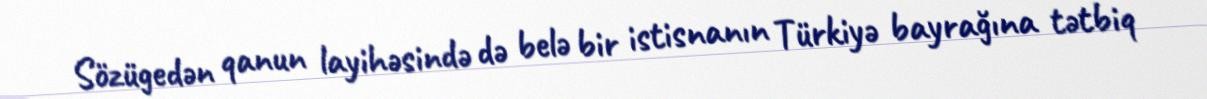
Sözügedən qanun layihəsində də belə bir istisnanın Türkiyə bayrağına tətbiq